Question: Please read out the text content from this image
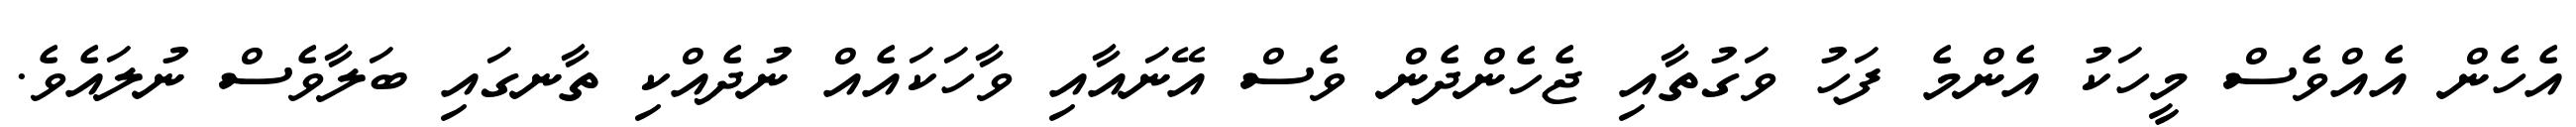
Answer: އެހެން އެއްވެސް މީހަކު އެންމެ ފަހު ވަގުތާއި ޖެހެންދެން ވެސް އޭނައާއި ވާހަކައެއް ނުދެއްކި ތާނގައި ބަލާވެސް ނުލައެވެ.